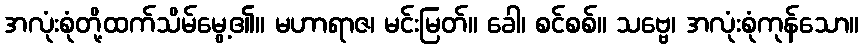
အလုံးစုံတို့ထက်သိမ်မွေ့၏။ မဟာရာဇ၊ မင်းမြတ်။ ခေါ၊ စင်စစ်။ သဗ္ဗေ၊ အလုံးစုံကုန်သော။